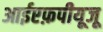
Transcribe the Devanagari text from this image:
आईएफ़पीयूजू